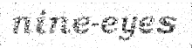
nine-eyes